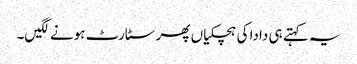
یہ کہتے ہی دادا کی ہچکیاں پھر سٹارٹ ہونے لگیں۔